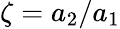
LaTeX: \zeta=a_{2}/a_{1}